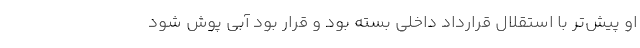
او پیش‌تر با استقلال قرارداد داخلی بسته بود و قرار بود آبی پوش شود